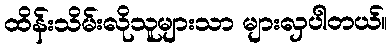
ထိန်းသိမ်းလိုသူများသာ များလှပါတယ်။